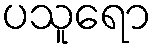
ပသူရော